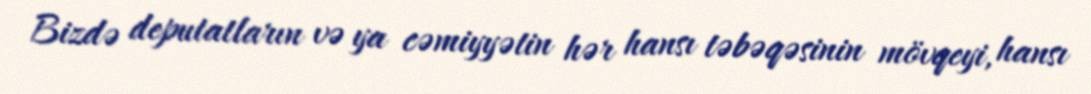
Bizdə deputatların və ya cəmiyyətin hər hansı təbəqəsinin mövqeyi, hansı